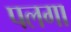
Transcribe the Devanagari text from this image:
पलगा